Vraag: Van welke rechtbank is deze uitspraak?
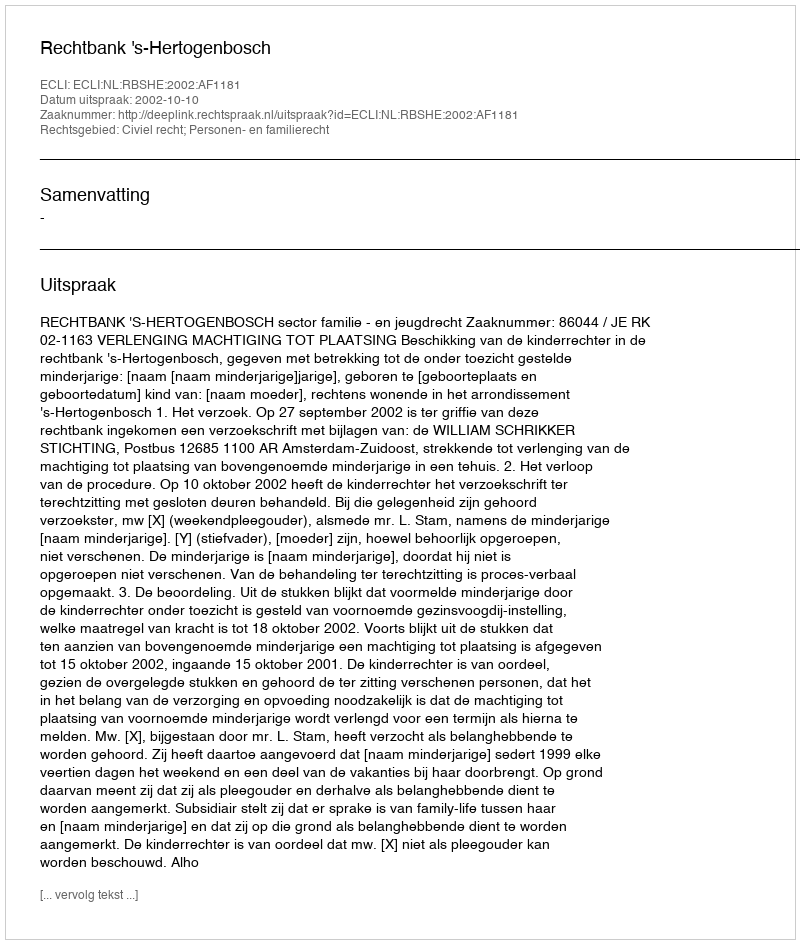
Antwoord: Rechtbank 's-Hertogenbosch